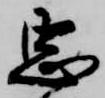
忠